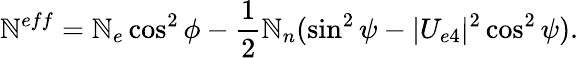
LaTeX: \mathbb{N}^{eff}=\mathbb{N}_{e}\cos^{2}\phi-{\frac{{1}}{{2}}}\mathbb{N}_{n}(\sin^{2}\psi-|U_{e4}|^{2}\cos^{2}\psi).